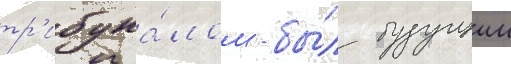
тр'ибуна́лом - бы́л будущии